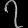
Digit: ၇